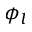
\phi _ { l }